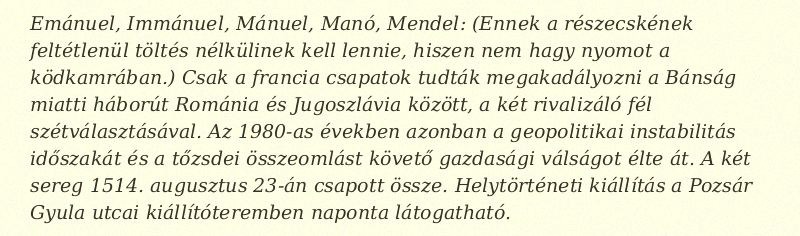
Emánuel, Immánuel, Mánuel, Manó, Mendel: (Ennek a részecskének feltétlenül töltés nélkülinek kell lennie, hiszen nem hagy nyomot a ködkamrában.) Csak a francia csapatok tudták megakadályozni a Bánság miatti háborút Románia és Jugoszlávia között, a két rivalizáló fél szétválasztásával. Az 1980-as években azonban a geopolitikai instabilitás időszakát és a tőzsdei összeomlást követő gazdasági válságot élte át. A két sereg 1514. augusztus 23-án csapott össze. Helytörténeti kiállítás a Pozsár Gyula utcai kiállítóteremben naponta látogatható.